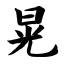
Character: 晃